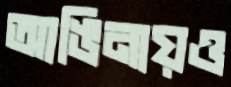
আঙিনায়ও